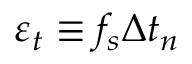
\varepsilon _ { t } \equiv f _ { s } \Delta t _ { n }